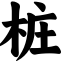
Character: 桩